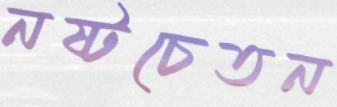
নষ্টচেতন